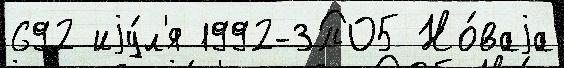
692 иjу́л'я 1992-ЗПО5 Но́ваjа